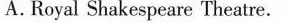
A.Royal Shakespeare Theatre.